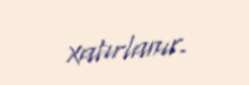
xatırlanır.